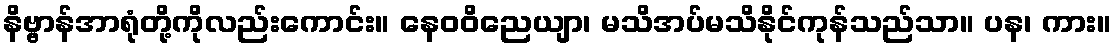
နိဗ္ဗာန်အာရုံတို့ကိုလည်းကောင်း။ နေဝဝိညေယျာ၊ မသိအပ်မသိနိုင်ကုန်သည်သာ။ ပန၊ ကား။